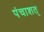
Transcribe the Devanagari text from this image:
पंचाशत्